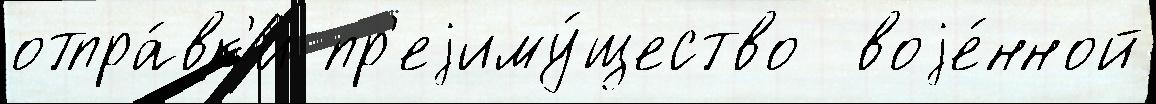
отпра́вк'и пр'еjиму́щество  воjе́нной